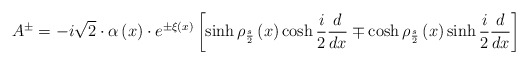
\begin{align*}A^{\pm }=-i\sqrt{2}\cdot \alpha \left( x\right) \cdot e^{\pm \xi\left( x\right) }\left[ \sinh \rho _{\frac {s}{2}}\left( x\right)\cosh \frac{i}{2}\frac {d}{dx}\mp \cosh \rho _{\frac {s}{2}}\left( x\right)\sinh \frac {i}{2}\frac {d}{dx}\right]\end{align*}